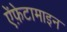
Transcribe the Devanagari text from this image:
ऐंफ़ेटामाइन